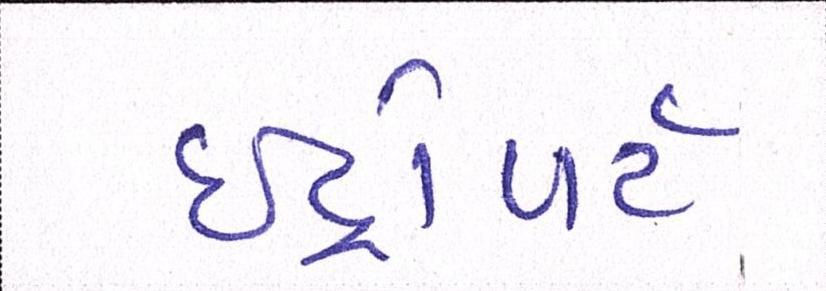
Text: ઇંટ્રોવર્ટ